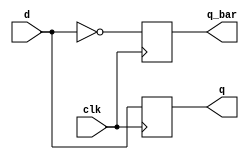
module dff_bad1(clk, d, q, q_bar);
    input  d, clk;
    output q, q_bar;
    reg    q, q_bar;

    always @(posedge clk) begin     // nonblocking
        q     <= d;
        q_bar <= ~d;
    end
endmodule